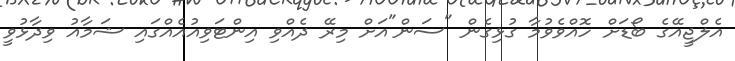
އެލްޖީއޭގެ ބޯޑަށް ހޮއްވެވުމާ ގުޅިގެން "ސަން"އަށް މިރޭ ދެއްވި އިންޓަވިއުއެއްގައި ޝަމާއު ވިދާޅުވީ